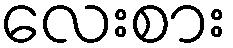
လေးစား